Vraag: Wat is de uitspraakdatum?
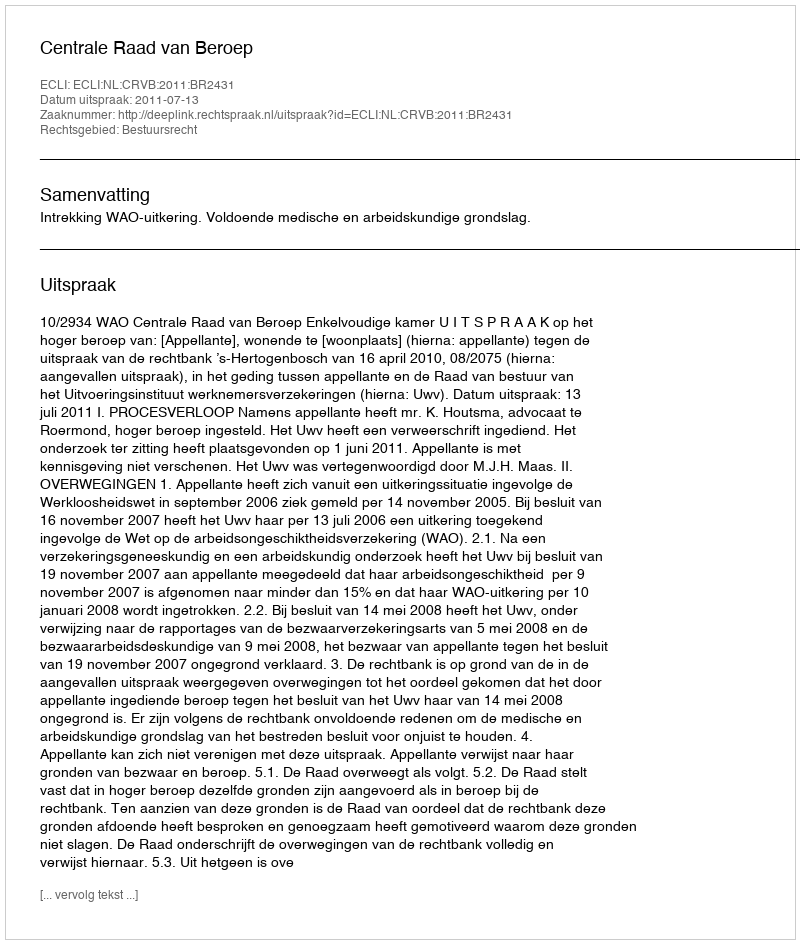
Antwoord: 2011-07-13